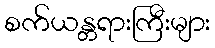
စက်ယန္တရားကြီးများ